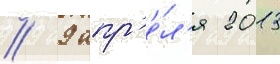
// 9 апр'е́л'я 2013